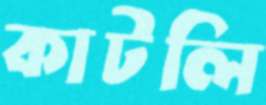
কাটলি